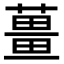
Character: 𬞏